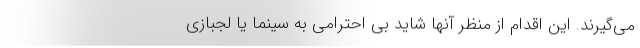
می‌گیرند. این اقدام از منظر آنها شاید بی احترامی به سینما یا لجبازی